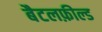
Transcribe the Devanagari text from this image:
बैटलफ़ील्ड